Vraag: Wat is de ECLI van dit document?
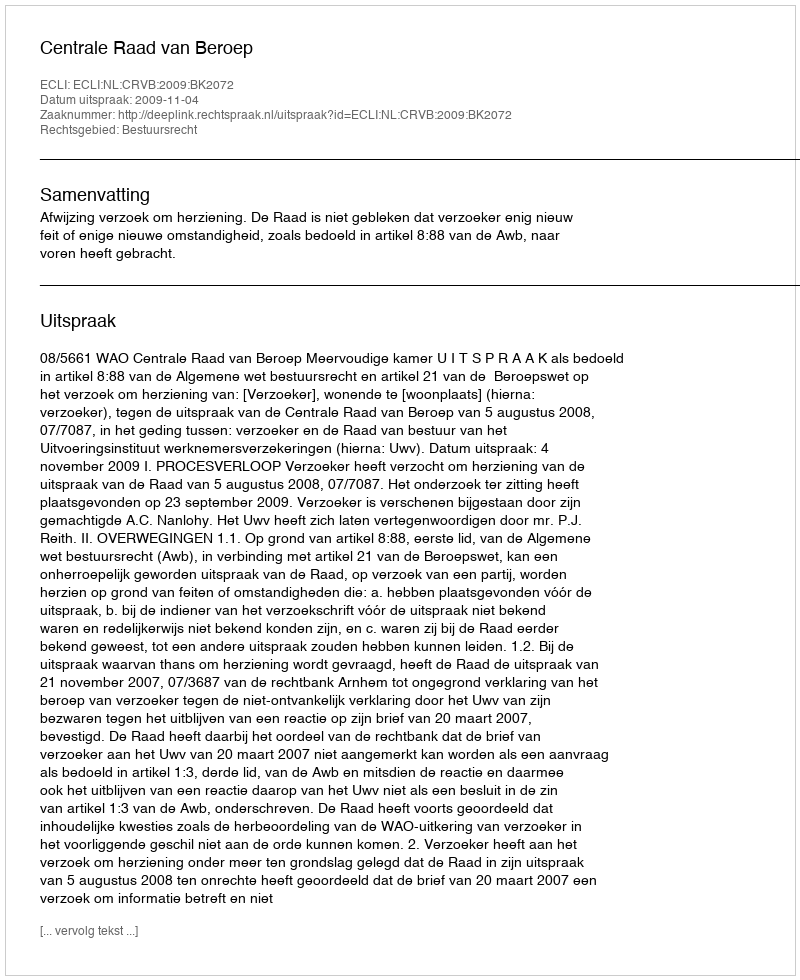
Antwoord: ECLI:NL:CRVB:2009:BK2072